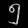
Digit: ၅